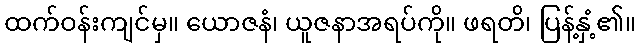
ထက်ဝန်းကျင်မှ။ ယောဇနံ၊ ယူဇနာအရပ်ကို။ ဖရတိ၊ ပြန့်နှံ့၏။